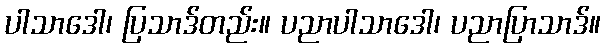
ပါသာဒေါ၊ ပြသာဒ်တည်း။ ပညာပါသာဒေါ၊ ပညာပြာသာဒ်။